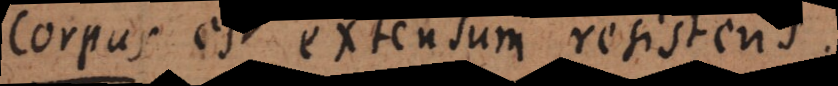
s est extensum resistens.